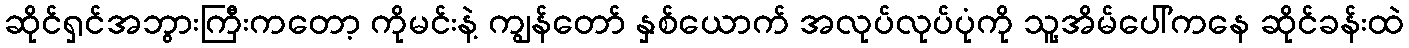
ဆိုင်ရှင်အဘွားကြီးကတော့ ကိုမင်းနဲ့ ကျွန်တော် နှစ်ယောက် အလုပ်လုပ်ပုံကို သူ့အိမ်ပေါ်ကနေ ဆိုင်ခန်းထဲ